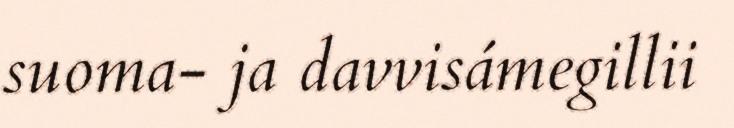
suoma- ja davvisámegillii